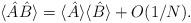
LaTeX: \begin{align*}\langle \hat{A} \hat{B} \rangle = \langle \hat{A} \rangle \langle \hat{B} \rangle + O(1/N).\end{align*}